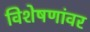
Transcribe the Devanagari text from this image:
विशेषणांवर